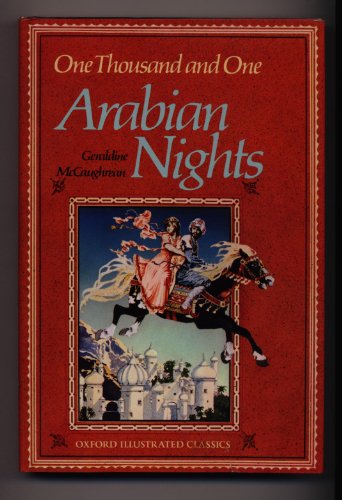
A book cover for One Thousand and One Arabian Nights (Oxford Illustrated Classics); Children's Books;